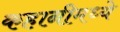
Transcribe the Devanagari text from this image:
कहानीमध्ये